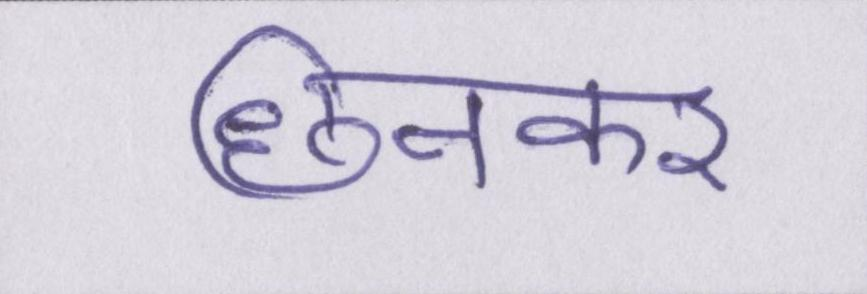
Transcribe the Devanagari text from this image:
छिनकर